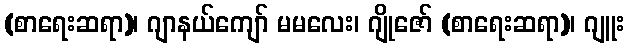
(စာရေးဆရာ)၊ ဂျာနယ်ကျော် မမလေး၊ ဂျိုဇော် (စာရေးဆရာ)၊ ဂျူး